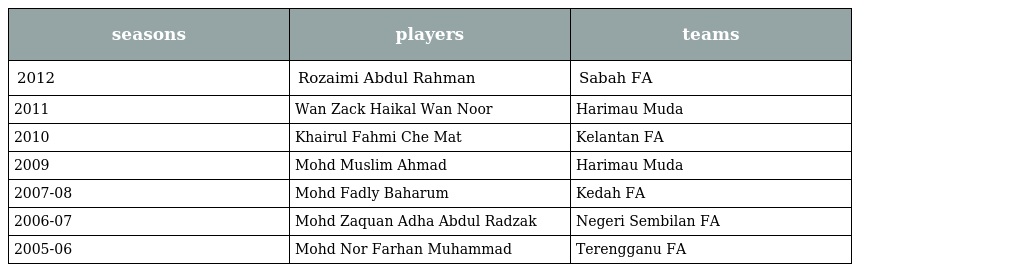
| seasons | players | teams |
 | --- | --- | --- |
 | 2012 | Rozaimi Abdul Rahman | Sabah FA |
 | 2011 | Wan Zack Haikal Wan Noor | Harimau Muda |
 | 2010 | Khairul Fahmi Che Mat | Kelantan FA |
 | 2009 | Mohd Muslim Ahmad | Harimau Muda |
 | 2007-08 | Mohd Fadly Baharum | Kedah FA |
 | 2006-07 | Mohd Zaquan Adha Abdul Radzak | Negeri Sembilan FA |
 | 2005-06 | Mohd Nor Farhan Muhammad | Terengganu FA |